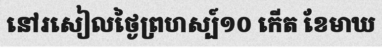
នៅរសៀលថ្ងៃព្រហស្ប៍១០ កើត ខែមាឃ